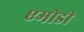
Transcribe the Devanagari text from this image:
एमोडी